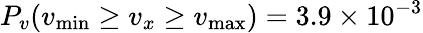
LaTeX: P_{v}(v_{\mathrm{{min}}}\ge v_{x}\ge v_{\mathrm{{max}}})=3.9\times 10^{-3}